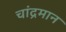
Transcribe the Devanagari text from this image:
चांद्रमान